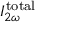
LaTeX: I _ { 2 \omega } ^ { \mathrm { t o t a l } }